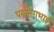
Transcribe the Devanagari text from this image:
परसिंगभाई